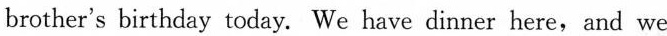
brother's birthday today. We have dinner here,and we